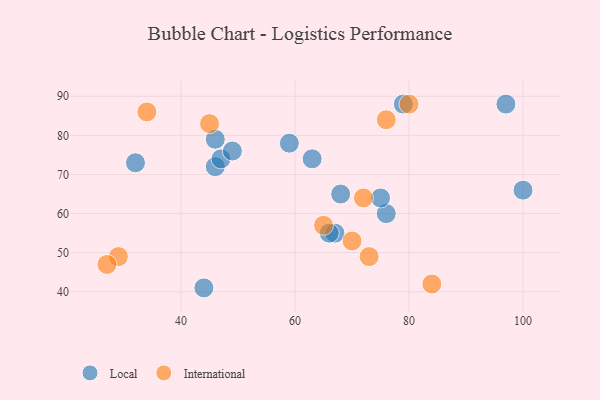
{"axis": {"x": "GDP", "y": "Life Expectancy"}, "legend": ["International", "Local"], "data": [{"x": "46", "y": 72, "type": "Local"}, {"x": "67", "y": 55, "type": "Local"}, {"x": "44", "y": 41, "type": "Local"}, {"x": "63", "y": 74, "type": "Local"}, {"x": "100", "y": 66, "type": "Local"}, {"x": "46", "y": 79, "type": "Local"}, {"x": "76", "y": 60, "type": "Local"}, {"x": "79", "y": 88, "type": "Local"}, {"x": "47", "y": 74, "type": "Local"}, {"x": "97", "y": 88, "type": "Local"}, {"x": "32", "y": 73, "type": "Local"}, {"x": "68", "y": 65, "type": "Local"}, {"x": "49", "y": 76, "type": "Local"}, {"x": "59", "y": 78, "type": "Local"}, {"x": "66", "y": 55, "type": "Local"}, {"x": "75", "y": 64, "type": "Local"}, {"x": "76", "y": 84, "type": "International"}, {"x": "65", "y": 57, "type": "International"}, {"x": "34", "y": 86, "type": "International"}, {"x": "29", "y": 49, "type": "International"}, {"x": "80", "y": 88, "type": "International"}, {"x": "70", "y": 53, "type": "International"}, {"x": "72", "y": 64, "type": "International"}, {"x": "73", "y": 49, "type": "International"}, {"x": "27", "y": 47, "type": "International"}, {"x": "84", "y": 42, "type": "International"}, {"x": "45", "y": 83, "type": "International"}]}